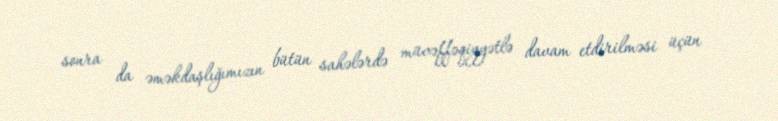
sonra da əməkdaşlığımızın bütün sahələrdə müvəffəqiyyətlə davam etdirilməsi üçün